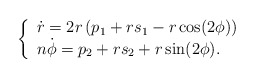
\begin{align*}\left\{ \begin{array}{l} \displaystyle{\dot{r}=2r\left(p_1+rs_1-r\cos( 2\phi)\right)}\\ \displaystyle{n\dot{\phi}=p_2+rs_2+r\sin(2\phi)}. \end{array} \right.\end{align*}